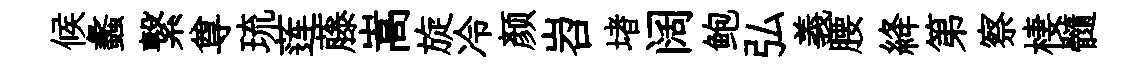
候蠡繋尊琉莲藤嵩旋冷颜岧堵阔鲍弘義腰絳第察棲髓